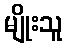
မျိုးသူ